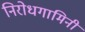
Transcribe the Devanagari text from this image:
निरोधगामिनी